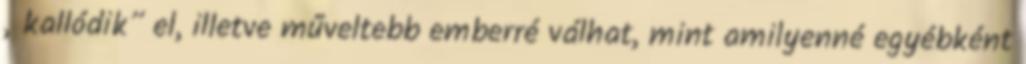
„kallódik” el, illetve mű­veltebb emberré válhat, mint amilyenné egyébként